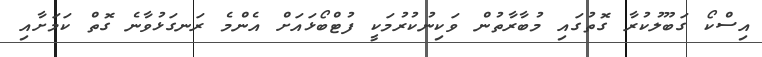
އިސްކޯ ގަބޫލުކުރާ ގޮތުގައި މުބާރާތުން ވަކިނުކުރުމަކީ ފުޓްބޯޅައަށް އެންމެ ރަނގަޅުވާނެ ގޮތް ކަމަށާއި